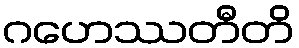
ဂဟေဿတီတိ